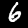
Digit: 6